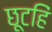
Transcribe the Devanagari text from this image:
छूटहिं